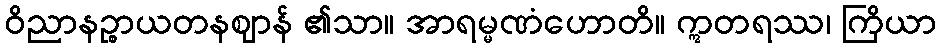
ဝိညာနဉ္စာယတနဈာန် ၏သာ။ အာရမ္မဏံဟောတိ။ ဣတရဿ၊ ကြိယာ